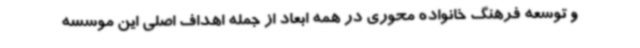
و توسعه فرهنگ خانواده محوری در همه ابعاد از جمله اهداف اصلی این موسسه